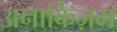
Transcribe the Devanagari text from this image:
अनार्किज़म